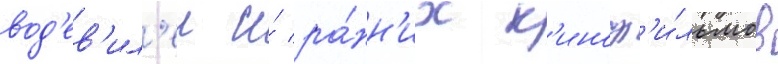
вод'ев'ил'еи и́ ра́нн'их к'иноф'и́льмов